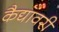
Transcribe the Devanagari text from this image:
कैद्यांवरी